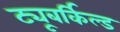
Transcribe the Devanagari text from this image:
ट्यूबर्किल्ड